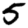
Digit: 5